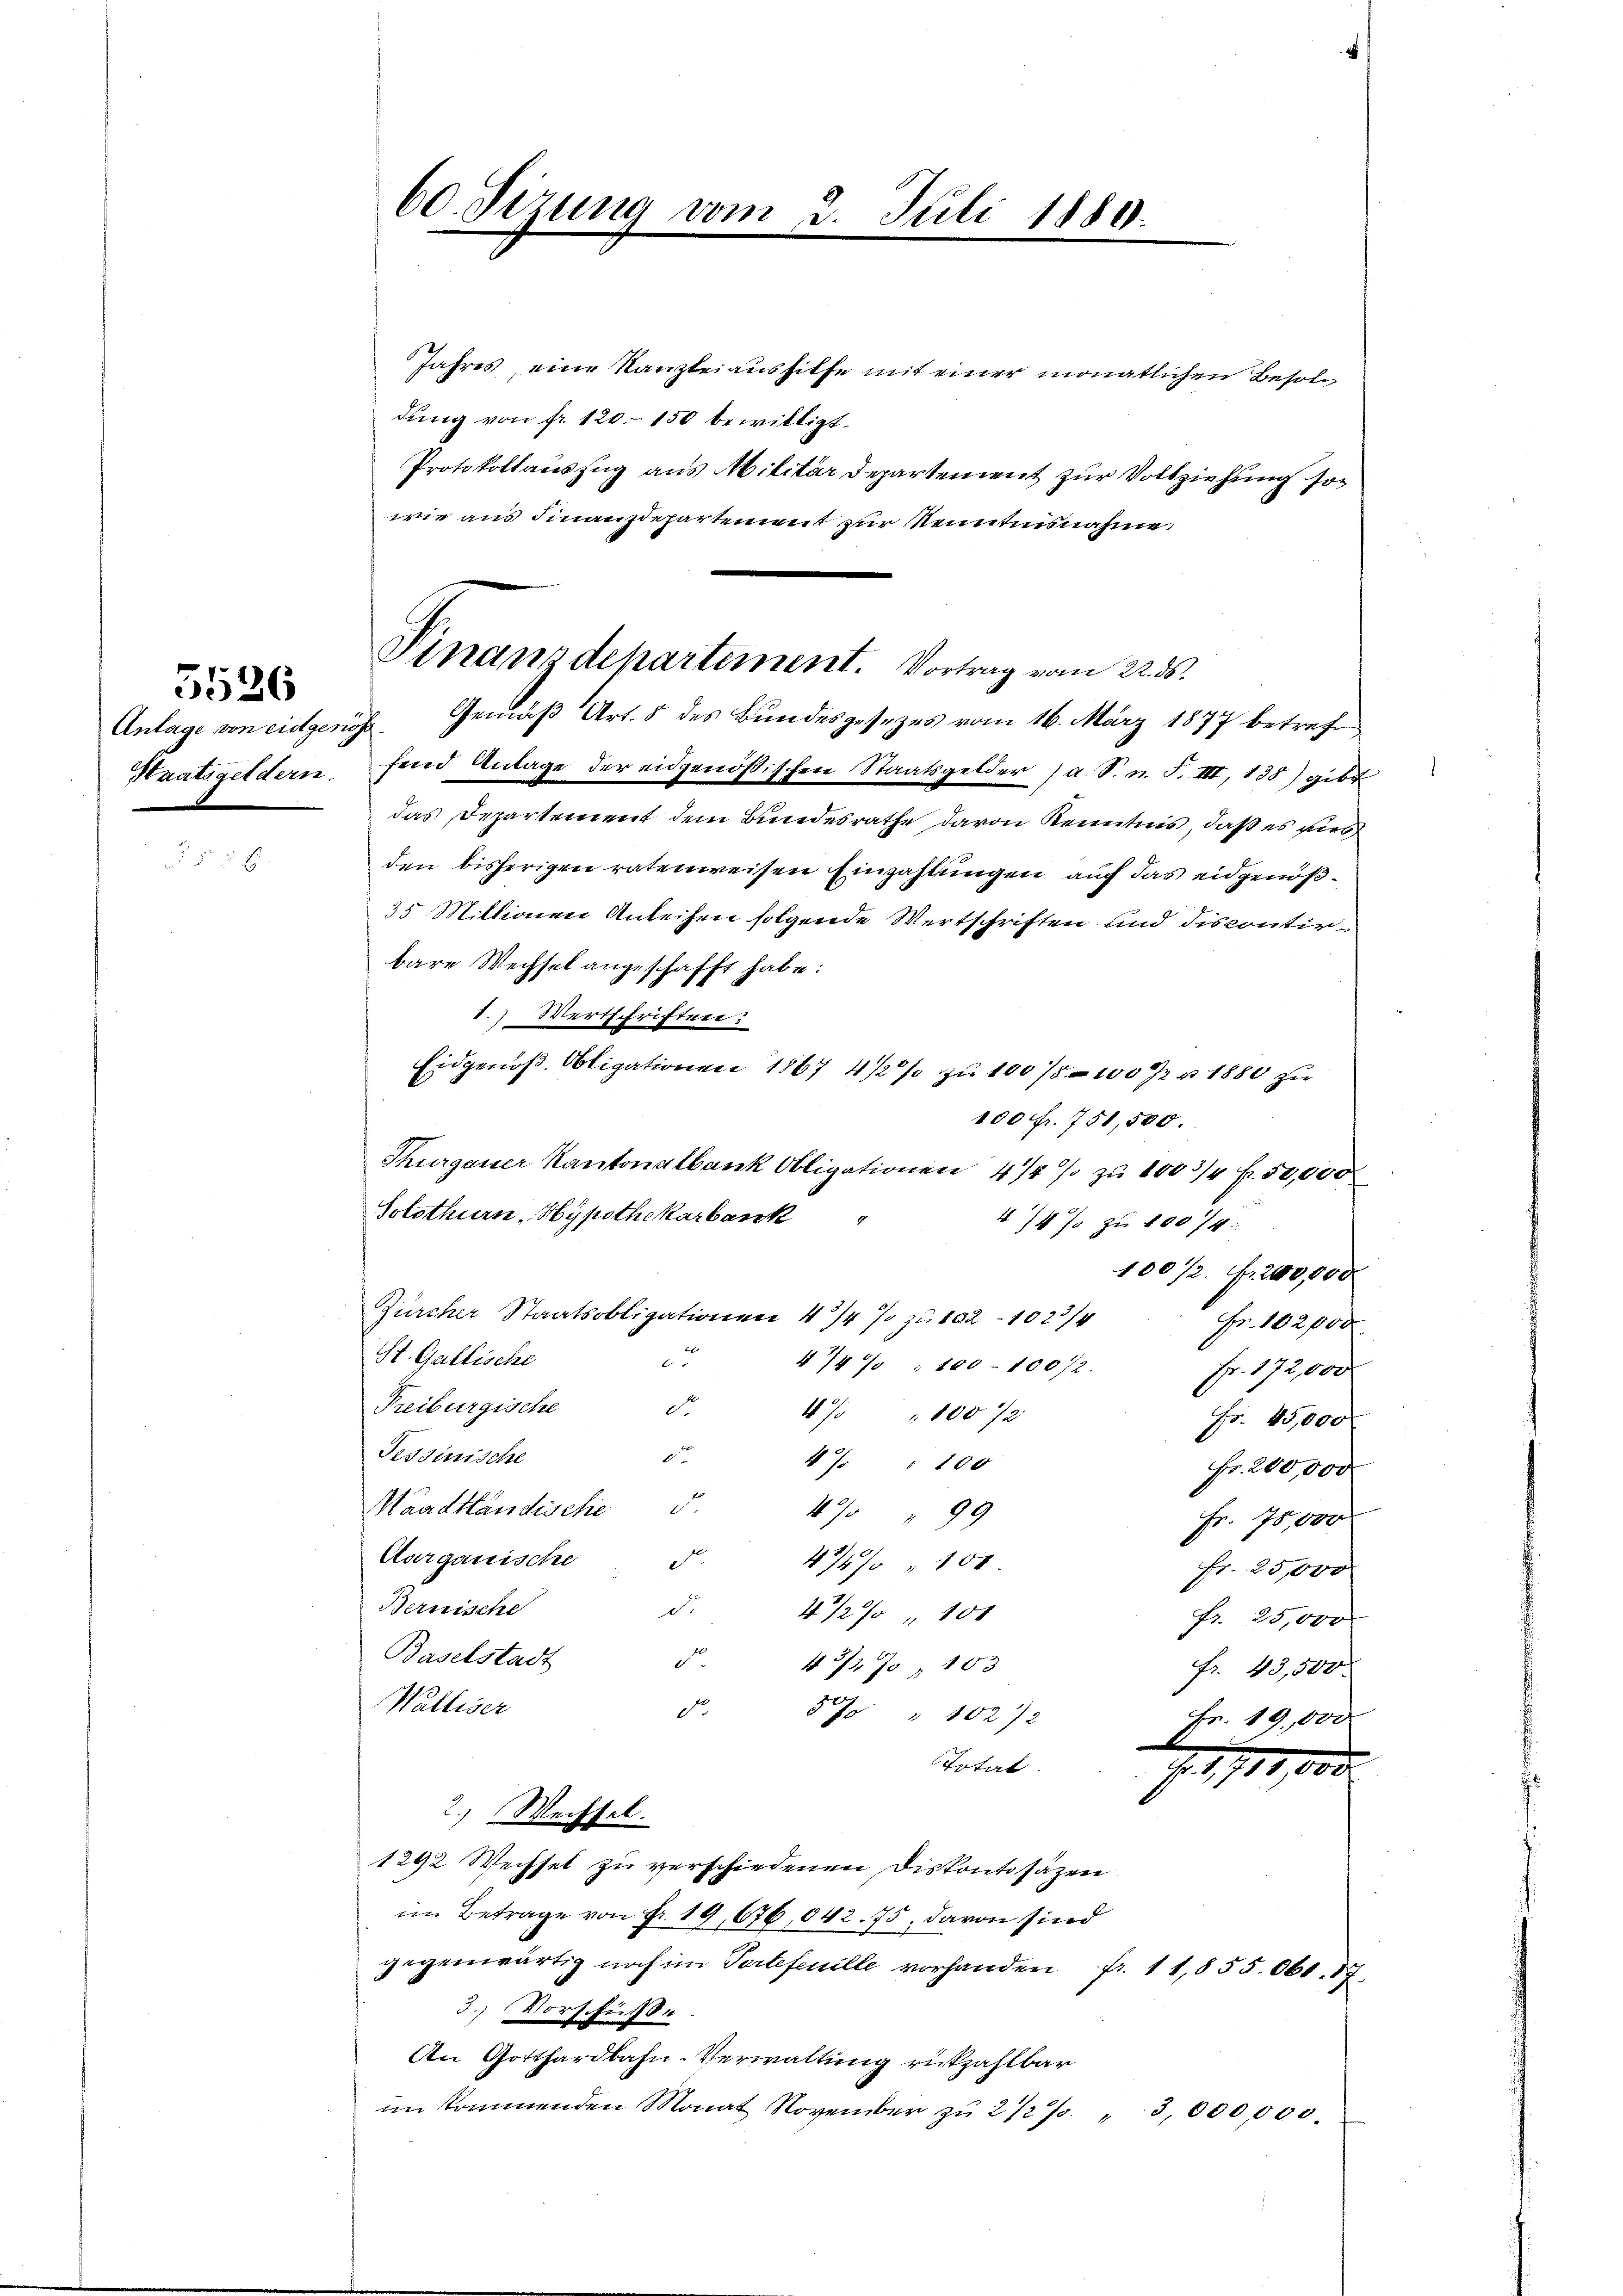
5526

Jahres, eine Kanzleiaushilfe mit einer monatlichen Besoldung von fr. 120. 150 bewilligt.
Protokollauszug aus Militar Departement zur Vollziehung sowie aus Finanzdepartement zur Kenntnisnahme:

60. Sizung vom

Juli 1880.

Finanzdepartement. Vortrag vom 22. ds.
Anlage von eidgenöss. Gemäß Art. 8 des Bundesgesezes vom 16. März 1877 betreff

Staatsgeldern sind Anlage der eidgenößischen Staatsgelder (a. S. n. F. III, 138) gibt
das Departement dem Bundesrathe davon Kenntnis, daß es wir
den bisherigen ratenweisen Einzahlungen auf das eidgenöß¬
35 Mittionen Anleihen folgende Wertschriften und Fiscontir-
bare Wechsel angeschafft habe:
1.) Wertschriften:
Eidgenoß. Obligationen 1867 4/2% zu 10075 - 100 J. v. 1880 zu
100 fr. 751,500.
Thurgauer Kantonalbank Obligationen 4/4 % zu 1003/4 Fr. 50,000
Solothurn, Hypothekarbank
4/4 % zu 10074:
100/2. Fr. 200,000
Zürcher Staatsobligationen 4 1/4 % zu 102 - 1023/4
Fr. 102000.
St. Gallische
cu
4747 : 100 - 10072.
Fr. 172,000
Freiburgische
do
4 " 10072
Fr. 45,000
Tessinische
c
4% " 100
Fr. 200,000
Maadtländische 5.
4% " 99
Fr. 75,000
Aargauische
do.
47470 " 100.
Fr. 25,000
Bernische
d. 4 1/2% " 101
Fr. 25,000
Baselstadt
d
43/2 70, 103
fr. 43,500.
Walliser
do.
57 " 1022
Fr. 19,000
Total
1,1711, 100
2.) Wechsel.
1292 Wechsel zu verschiedenen Diskontosäzen
im Betrage von Fr. 19, 676, 842. 75, davon sind
gegenwärtig noch im Tortefeuille vorhanden fr. 11,855. 661. 17
3.) Vorschi
An Gotthardbahn-Verwaltung rückzahlbar
im kommenden Monat November zu 2 1/2 %
3,000,000.